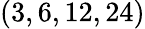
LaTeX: (3,6,12,24)